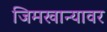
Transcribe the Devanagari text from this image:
जिमखान्यावर